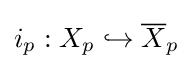
i_{p}:X_{p}\hookrightarrow {\overline {X}}_{p}